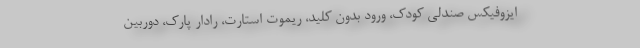
ایزوفیکس صندلی کودک، ورود بدون کلید، ریموت استارت، رادار پارک، دوربین